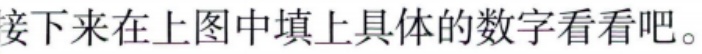
接下来在上图中填上具体的数字看看吧。